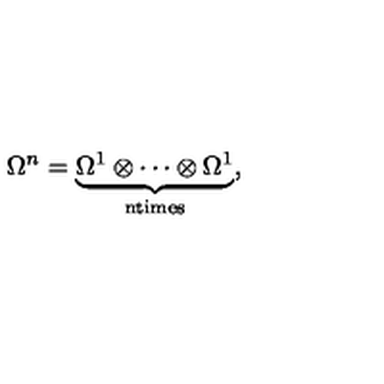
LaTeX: \Omega ^ { n } = \underbrace { \Omega ^ { 1 } \otimes \cdots \otimes \Omega ^ { 1 } } _ { \mathrm { n t i m e s } } ,